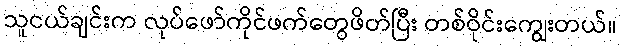
သူငယ်ချင်းက လုပ်ဖော်ကိုင်ဖက်တွေဖိတ်ပြီး တစ်ဝိုင်းကျွေးတယ်။